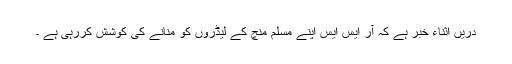
دریں اثناء خبر ہے کہ آر ایس ایس اپنے مسلم منچ کے لیڈروں کو منانے کی کوشش کررہی ہے ۔